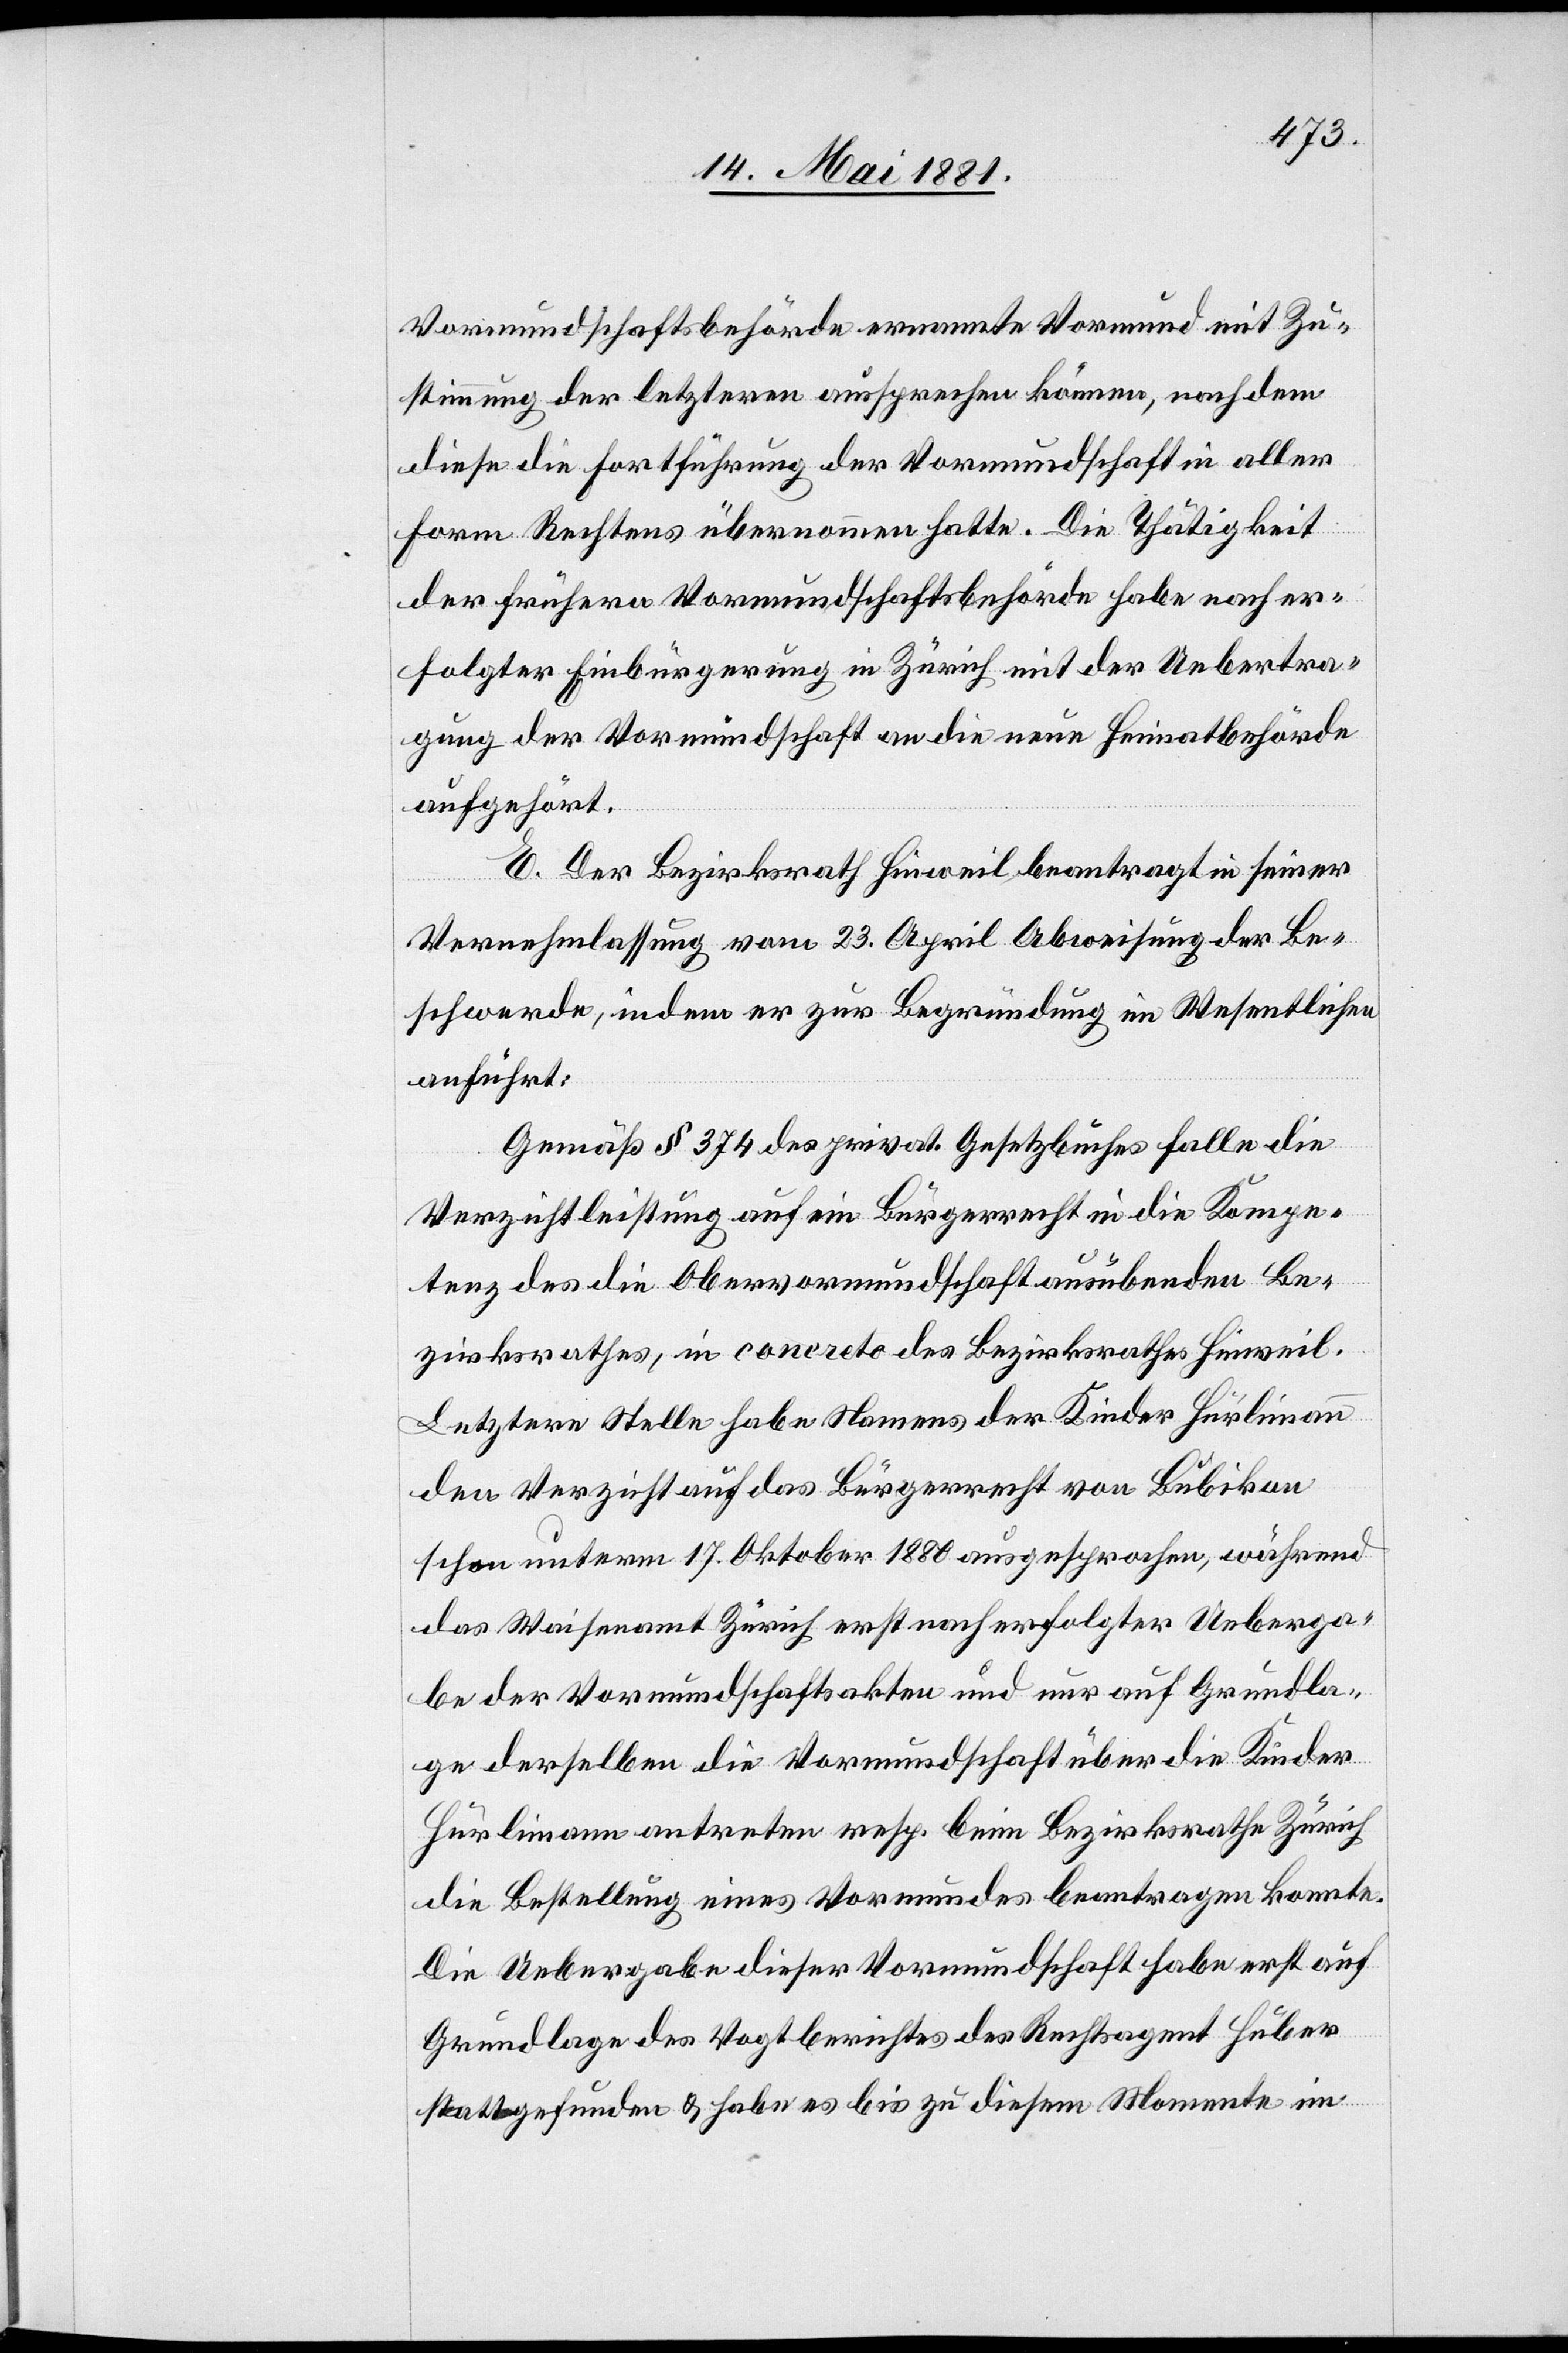
Vormundschaftsbehörde ernannte Vormund mit Zu¬
stimmung der letzteren aussprechen können, nach dem
diese die Fortführung der Vormundschaft in aller
Form Rechtens übernommen hatte. Die Thätigkeit
der frühern Vormundschaftsbehörde habe nach er¬
folgter Einbürgerung in Zürich mit der Uebertra¬
gung der Vormundschaft an die neue Heimatbehörde
aufgehört.
E. Der Bezirksrath Hinweil beantragt in seiner
Vernehmlassung vom 23. April Abweisung der Be¬
schwerde, in dem er zu Begründung im Wesentlichen
anführt:
Gemäß § 374 des privat. Gesetzbuches falle die
Verzichtleistung auf ein Bürgerrecht in die Kompe¬
tenz des die Obervormundschaft ausübenden Be¬
zirksrathes, in concreto des Bezirksrathes Hinweil.
Letztere Stelle habe Namens der Kinder Hürlimann
den Verzicht auf das Bürgerrecht von Bubikon
schon unterm 17. Oktober 1880 ausgesprochen, während
das Waisenamt Zürich erst nach erfolgter Ueberga¬
be der Vormundschaftsakten und nur auf Grundla¬
ge derselben die Vormundschaft über die Kinder
Hürlimann antreten resp. beim Bezirksrathe Zürich
die Bestellung eines Vormundes beantragen konnte.
Die Uebergabe dieser Vormundschaft habe erst auf
Grundlage des Vogtberichtes des Rechtsagent Huber
stattgefunden & habe es bis zu diesem Momente im